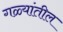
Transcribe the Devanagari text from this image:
गळ्यांतील